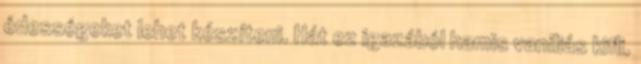
édességeket lehet készíteni. Hát ez igazából hamis vaníliás kifli,